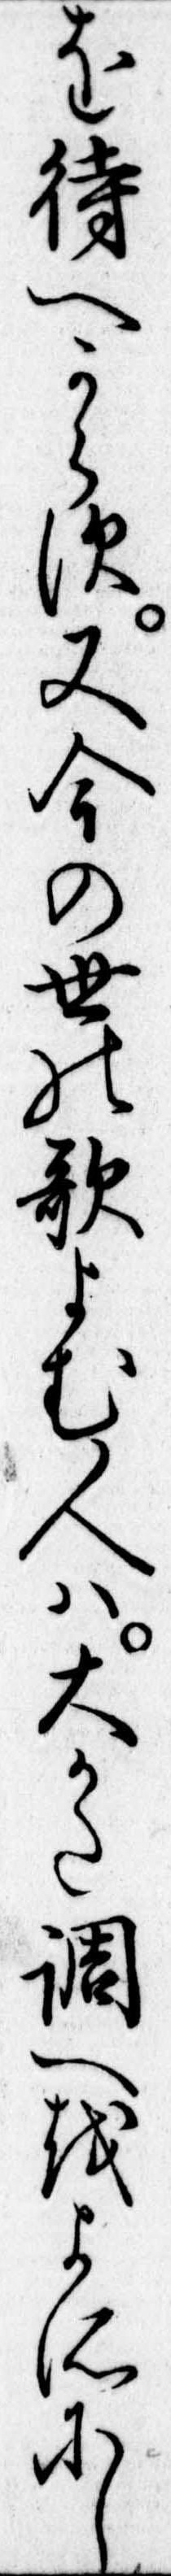
を待へからす又今の世の歌よむ人は大かた調へをよそにし